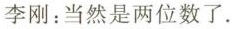
李刚：当然是两位数了.